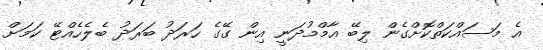
އެ މަސައްކަތްކޮށްގެން ލިބޭ އާމްމުދަނީ އިން ގޭގެ ހަރަދު ބަރަދު ބެލެހެއްޓޭ ކަމަށް